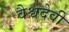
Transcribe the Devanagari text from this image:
वैश्वदेवी